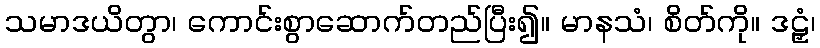
သမာဒယိတွာ၊ ကောင်းစွာဆောက်တည်ပြီး၍။ မာနသံ၊ စိတ်ကို။ ဒဠှံ၊